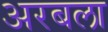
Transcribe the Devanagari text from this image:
अरबला